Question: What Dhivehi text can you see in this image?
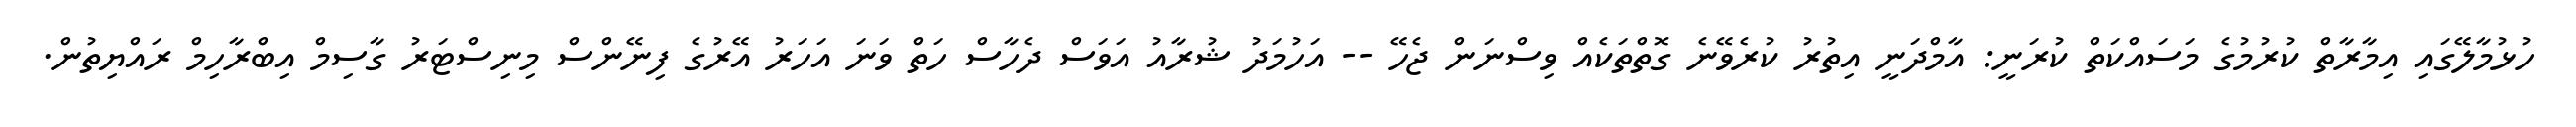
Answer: ހުޅުމާލޭގައި އިމާރާތް ކުރުމުގެ މަސައްކަތް ކުރަނީ: އާމްދަނީ އިތުރު ކުރެވޭނެ ގޮތްތަކެއް ވިސްނަން ޖެހޭ -- އަހުމަދު ޝުރާއު އަވަސް ދެހާސް ހަތް ވަނަ އަހަރު އޭރުގެ ފިނޭންސް މިނިސްޓަރު ގާސިމް އިބްރާހިމް ރައްޔިތުން.